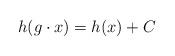
LaTeX: \begin{align*}h(g \cdot x) = h(x) + C\end{align*}